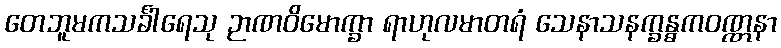
တေဘူမကသင်္ခါရေသု ဉာဏဝိမောက္ခာ ရာဟုလမာတရံ သေနာသနက္ခန္ဓကဝဏ္ဏနာ